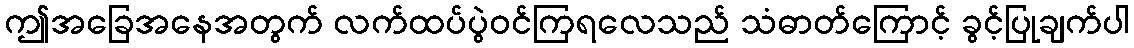
ဤအခြေအနေအတွက် လက်ထပ်ပွဲဝင်ကြရလေသည် သံဓာတ်ကြောင့် ခွင့်ပြုချက်ပါ